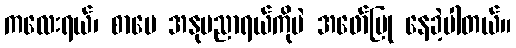
ကလေးရယ်၊ စာပေ အနုပညာရယ်ကိုပဲ အဖော်ပြု နေခဲ့ပါတယ်။